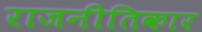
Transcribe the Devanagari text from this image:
राजनीतिकार